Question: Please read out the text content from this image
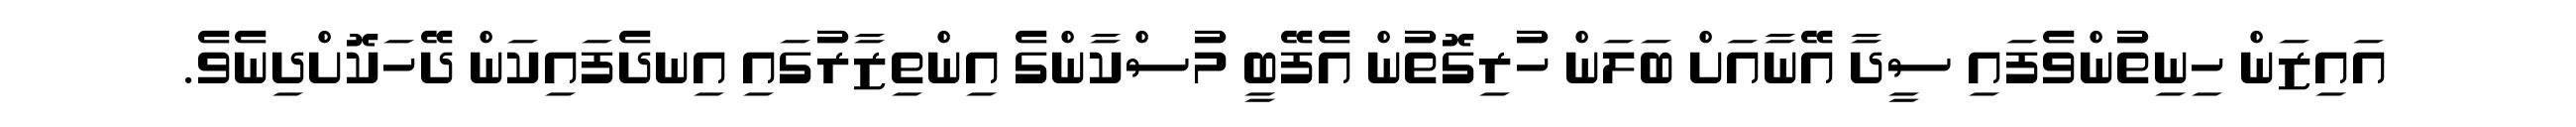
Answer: އައިޒަން ހިނިތުންވެފައި ސީދާ އޭނާއަށް ބަލަން ހުރިގޮތުން އެފޭބީ މުސްކާންގެ އިންތިޒާރުގައި އިނދެފައިކަން ދޭހަކޮށްދިނެވެ.